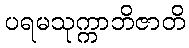
ပရမသုက္ကာဘိဇာတိ